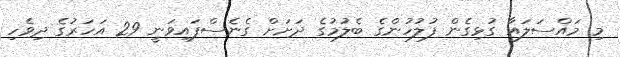
މި މައްސަލައާ ގުޅިގެން ފުލުހުންގެ ބެލުމުގެ ދަށަށް ގެނެސްފައިވަނީ 29 އަހަރުގެ ދިވެހި